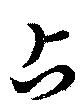
占